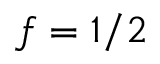
f = 1 / 2